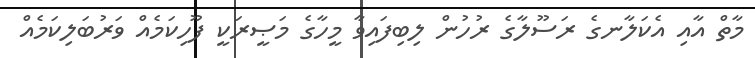
މާތް އާއި އެކަލާނގެ ރަސޫލާގެ ރުހުން ލިބިފައިވާ މީހާގެ މަޞީރަކީ ފޫހިކަމެއް ވަރުބަލިކަމެއް